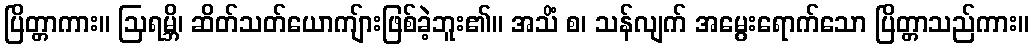
ပြိတ္တာကား။ ဩရမ္ဘိ၊ ဆိတ်သတ်ယောကျ်ားဖြစ်ခဲ့ဘူး၏။ အသိံ စ၊ သန်လျက် အမွေးရောက်သော ပြိတ္တာသည်ကား။